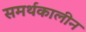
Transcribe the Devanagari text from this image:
समर्थकालीन